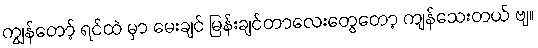
ကျွန်တော့် ရင်ထဲ မှာ မေးချင် မြန်းချင်တာလေးတွေတော့ ကျန်သေးတယ် ဗျ။